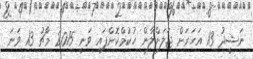
ނަޝީދު 13 އަހަރަށް ޖަލަށްލާން ހުކުމްކޮށްފައި ވަނީ 2015 މާޗު 13 ވަނަ